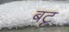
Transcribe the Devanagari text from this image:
बटृ